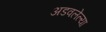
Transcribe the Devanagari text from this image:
अडवलेल्या